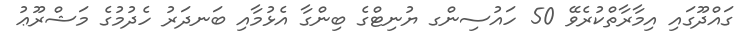
ގައްދޫގައި އިމާރާތްކުރެވޭ 50 ހައުސިންގ ޔުނިޓްގެ ބިންގާ އެޅުމާއި ބަނދަރު ހެދުމުގެ މަޝްރޫޢު